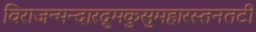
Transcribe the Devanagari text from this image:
विराजन्मन्दारद्रुमकुसुमहारस्तनतटी